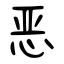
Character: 恶